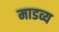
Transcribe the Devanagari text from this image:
माडव्य